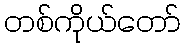
တစ်ကိုယ်တော်